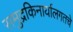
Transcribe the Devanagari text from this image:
समुद्रकिनार्यालगतचे